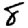
Digit: 8